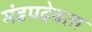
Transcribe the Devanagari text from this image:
मंडपदेवता